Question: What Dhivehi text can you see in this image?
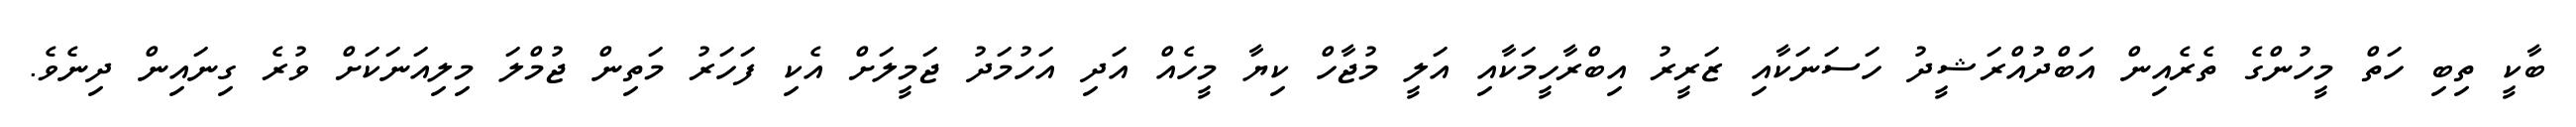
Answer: ބާކީ ތިބި ހަތް މީހުންގެ ތެރެއިން އަބްދުއްރަޝީދު ހަސަނަކާއި ޒަރީރު އިބްރާހީމަކާއި އަލީ މުޖާހް ކިޔާ މީހެއް އަދި އަހުމަދު ޖަމީލަށް އެކި ފަހަރު މަތިން ޖުމްލަ މިލިއަނަކަށް ވުރެ ގިނައިން ދިނެވެ.